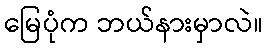
မြေပုံက ဘယ်နားမှာလဲ။